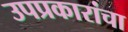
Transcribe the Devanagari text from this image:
उपप्रकारांचा